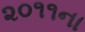
૨૦૧૧ના